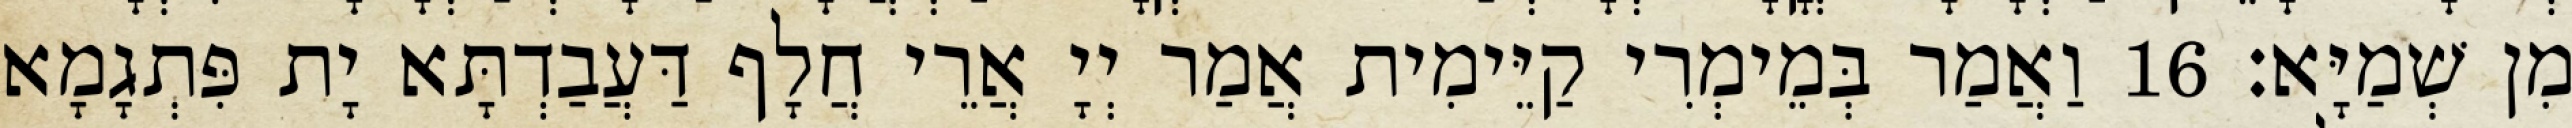
מִן שְׁמַיָּא׃ 16 וַאֲמַר בְּמֵימְרִי קַיֵּימִית אֲמַר יְיָ אֲרֵי חֲלָף דַּעֲבַדְתָּא יָת פִּתְגָמָא